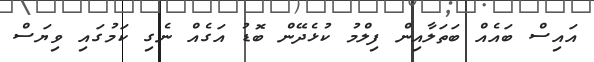
އައިސް ބައެއް ބަތަލާއިން ފިލްމު ކުޅެދޭން ބޮޑު އަގެއް ނެގި ކަމުގައި ވިޔަސް